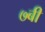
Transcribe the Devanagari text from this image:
७बी